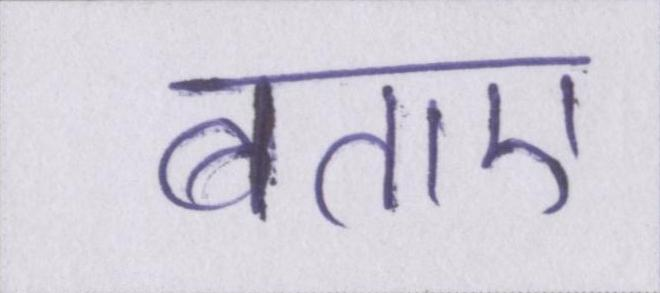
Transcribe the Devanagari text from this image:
बताए